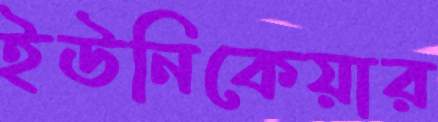
ইউনিকেয়ার